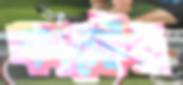
ফার্স্টের